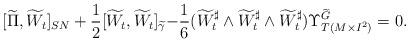
LaTeX: \begin{align*}[\widetilde{\Pi},\widetilde{W}_t]_{SN}+\frac{1}{2}[\widetilde{W}_t,\widetilde{W}_t]_{\widetilde{\gamma}}{-}\frac{1}{6}(\widetilde{W}_t^\sharp\wedge \widetilde{W}_t^\sharp\wedge\widetilde{W}_t^\sharp)\Upsilon^{\widetilde{G}}_{T(M\times I^2)}=0. \end{align*}